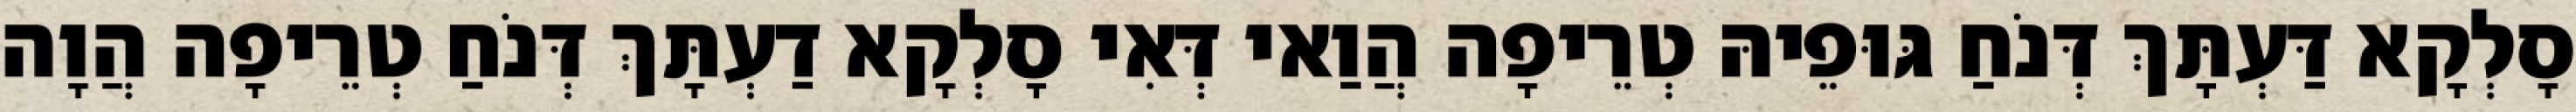
סָלְקָא דַּעְתָּךְ דְּנֹחַ גּוּפֵיהּ טְרֵיפָה הֲוַאי דְּאִי סָלְקָא דַעְתָּךְ דְּנֹחַ טְרֵיפָה הֲוָה